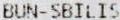
BUN-SBILIS